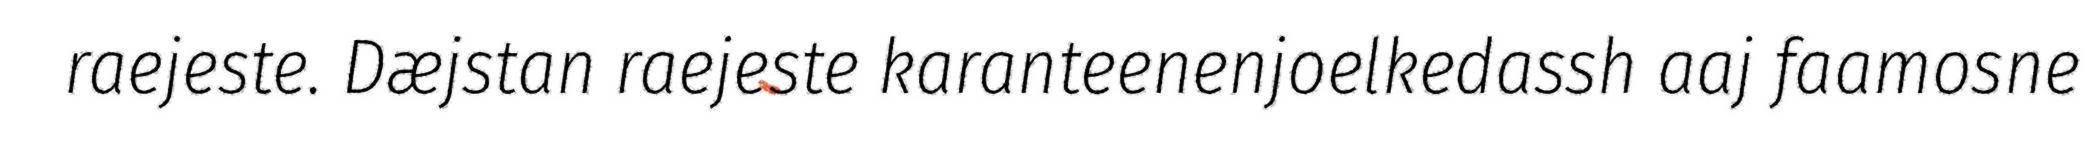
raejeste. Dæjstan raejeste karanteenenjoelkedassh aaj faamosne